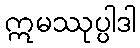
ဣမဿုပ္ပါဒါ